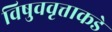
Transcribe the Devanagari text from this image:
विषुववृत्ताकडे